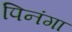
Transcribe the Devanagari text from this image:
पिनंगा